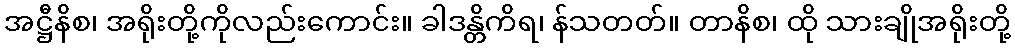
အဋ္ဌီနိစ၊ အရိုးတို့ကိုလည်းကောင်း။ ခါဒန္တိကိရ၊ န်သတတ်။ တာနိစ၊ ထို သားချိုအရိုးတို့